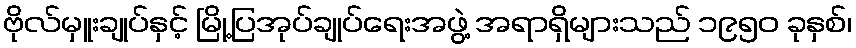
ဗိုလ်မှူးချုပ်နှင့် မြို့ပြအုပ်ချုပ်ရေးအဖွဲ့ အရာရှိများသည် ၁၉၅၀ ခုနှစ်၊